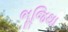
ભૂજિથા